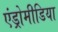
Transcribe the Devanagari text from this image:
एंड्रोमीडिया